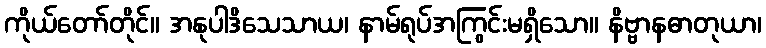
ကိုယ်တော်တိုင်။ အနုပါဒိသေသာယ၊ နာမ်ရုပ်အကြွင်းမရှိသော။ နိဗ္ဗာနဓာတုယာ၊